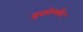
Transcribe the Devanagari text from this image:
इक्वेपमेंट